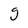
Character: g